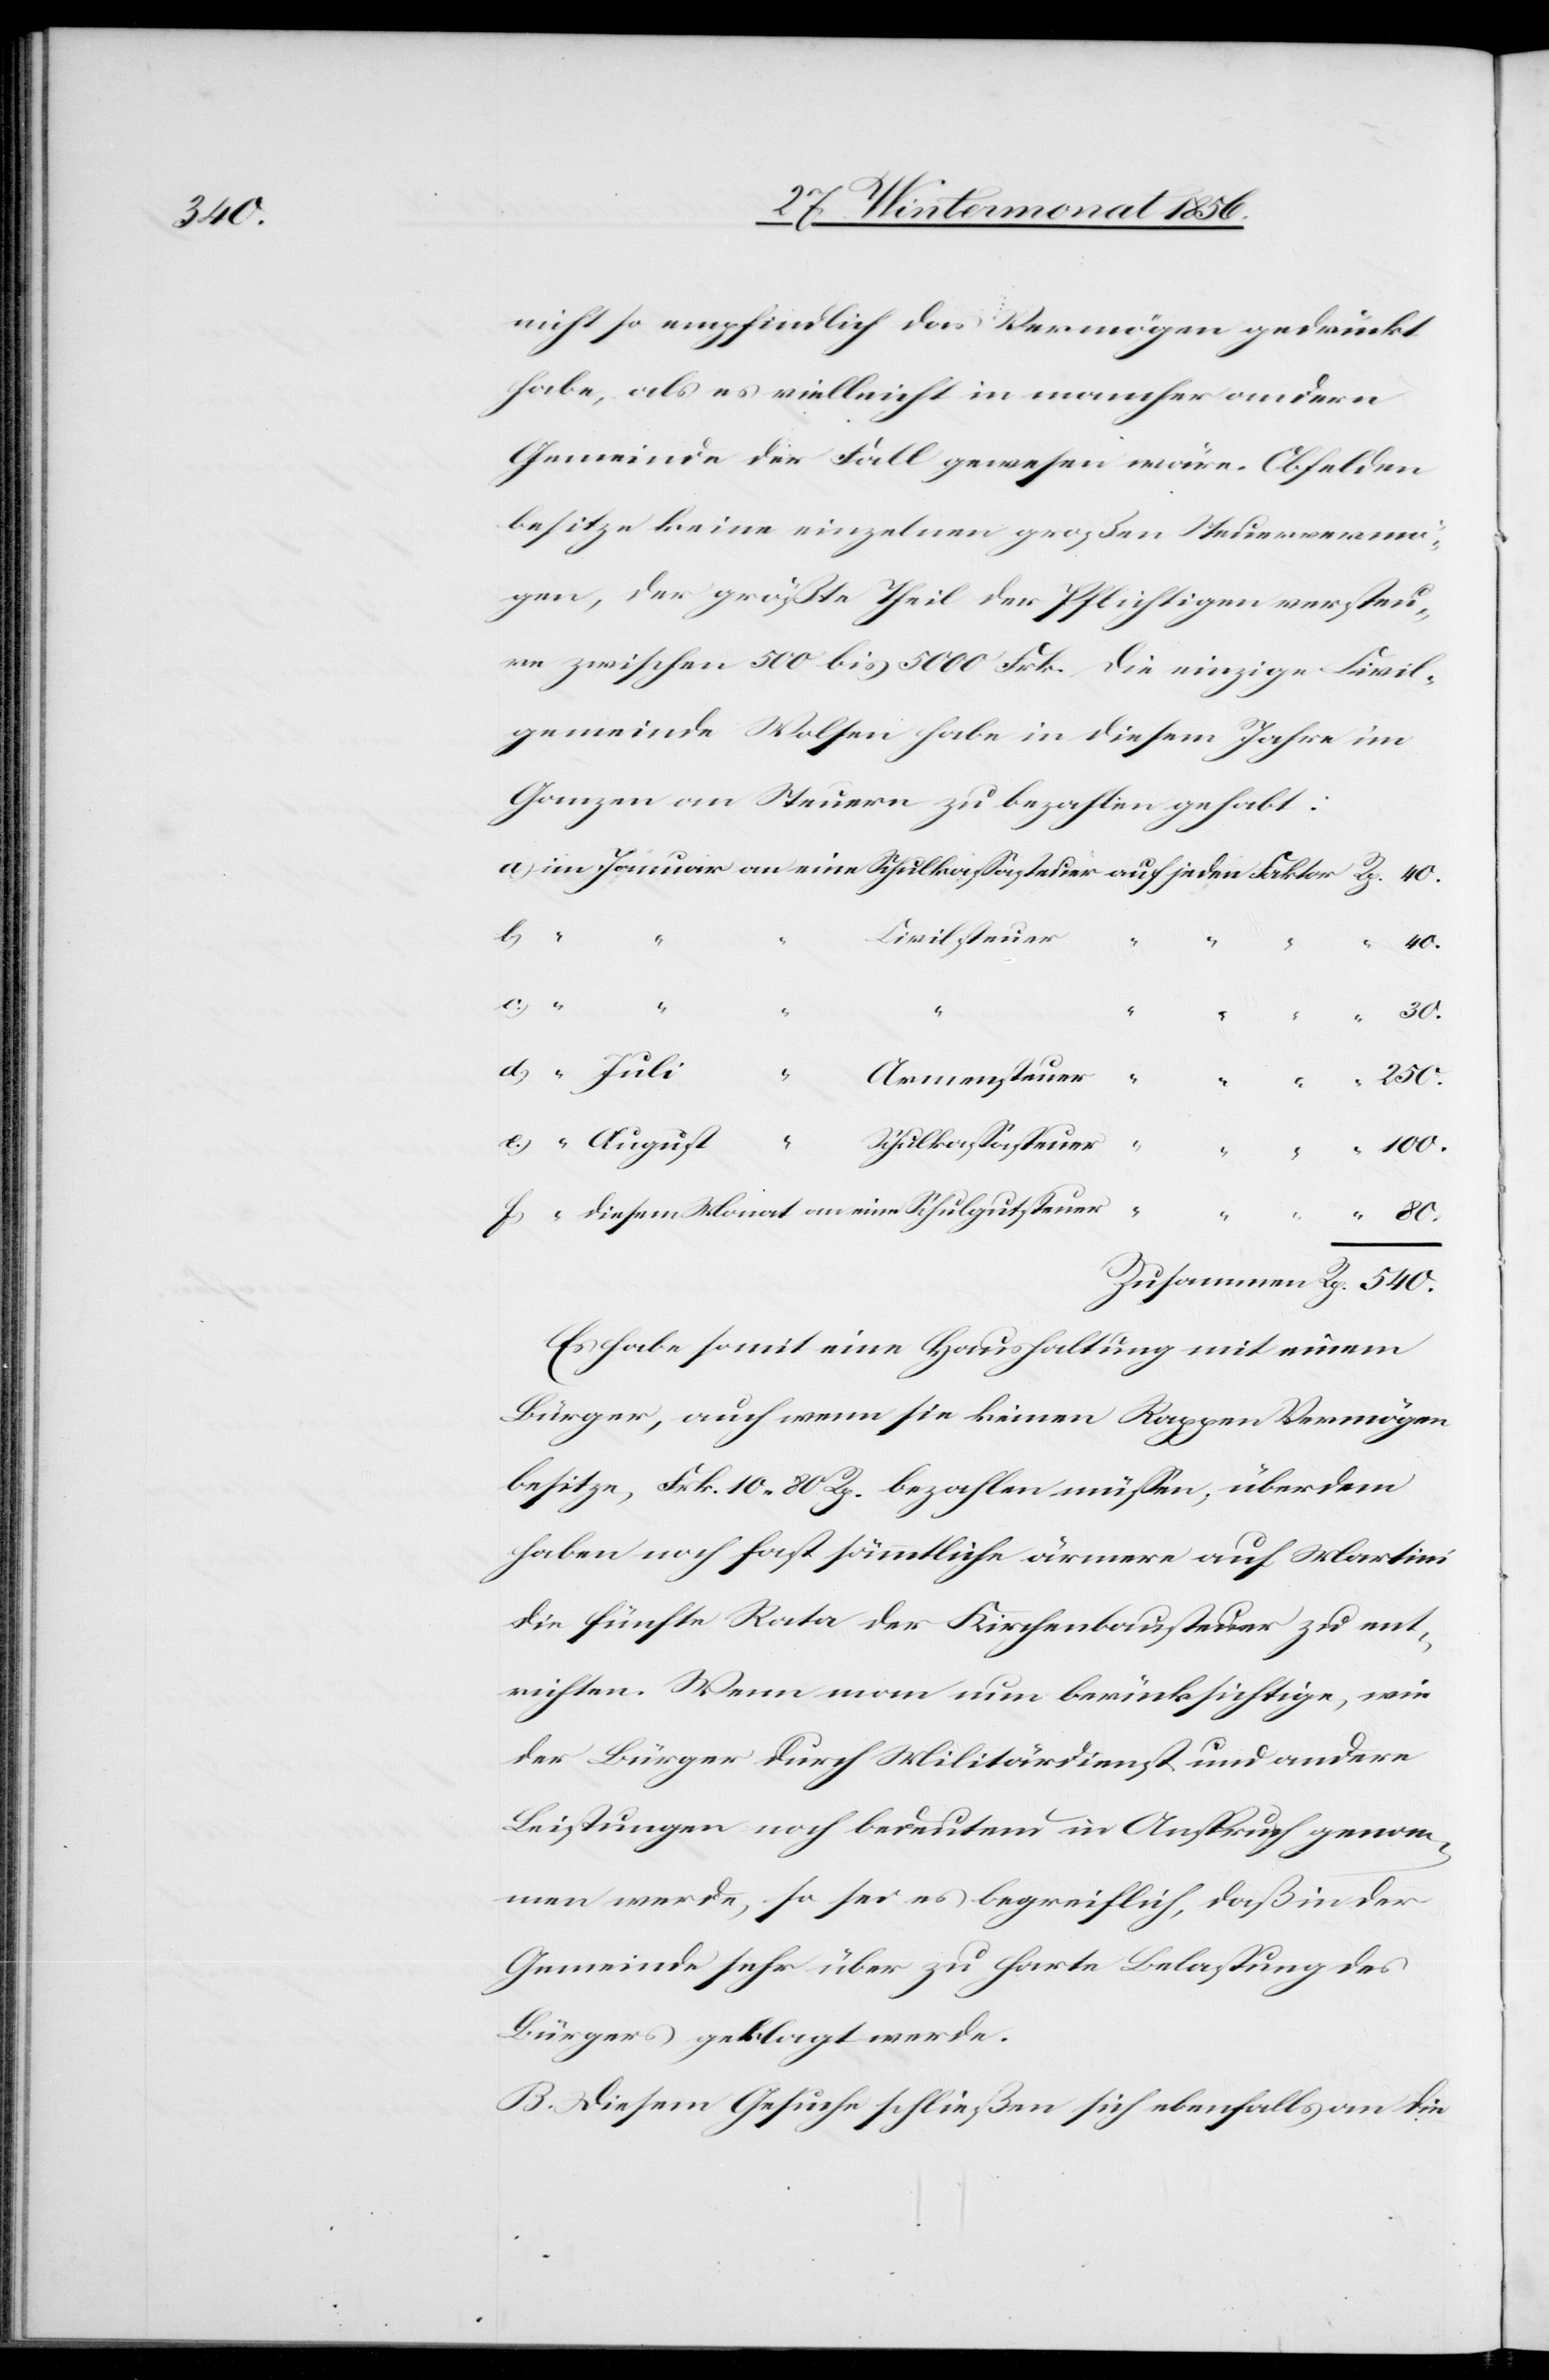
540.

nicht so empfindlich das Vermögen gedrückt
habe, als es vielleicht in mancher andern
Gemeinde der Fall gewesen wäre. Obfelden
besitze keine einzelnen großen Steuervermö¬
gen, der größte Theil der Pflichtigen versteu¬
re zwischen 500 bis 5000 Frk. Die einzige Civil¬
gemeinde Wolfen habe in diesem Jahre im
Ganzen an Steuern zu bezahlen gehabt:
lgutsteuer
“
40.
c)
30.
Rp.
Armensteuer
250.
100.
f)
Es habe somit eine Haushaltung mit einem
Bürger, auch wenn sie keinen Rappen Vermögen
besitze, Frk. 10. 80 Rp. bezahlen müssen; überdem
haben noch fast sämmtliche ärmere auf Martini
die fünfte Rata der Kirchenbausteuern zu ent¬
richten. Wenn man nun berücksichtige, wie
der Bürger durch Militärdienst und andere
Leistungen noch bedeutend in Anspruch genom¬
men werde, so sei es begreiflich, daß in der
Gemeinde sehr über zu harte Belastung des
Bürgers geklagt werde.
B. Diesem Gesuche schließen sich ebenfalls an die